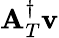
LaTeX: {\mathbf A}_{T}^{\dagger}{\mathbf v}